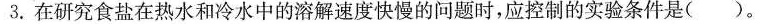
3.在研究食盐在热水和冷水中的溶解速度快慢的问题时，应控制的实验条件是()。